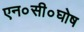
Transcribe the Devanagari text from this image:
एन०सी०घोष